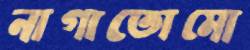
নাগাতোমো